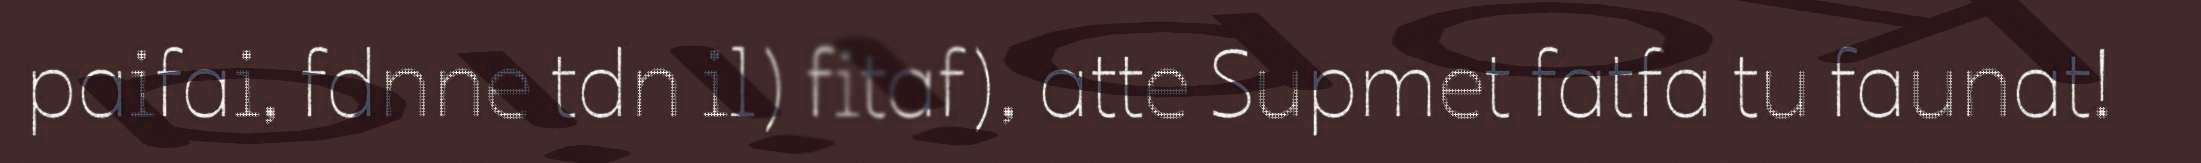
paifai, fdnne tdn il) fitaf), atte Supmet fatfa tu faunat!